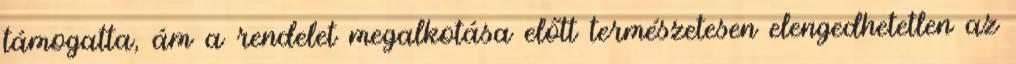
támogatta, ám a rendelet megalkotása előtt természetesen elengedhetetlen az